Civil Veterinary Department. Madras. Admin. report 1926-33 - 1926-1933
Year: 1926
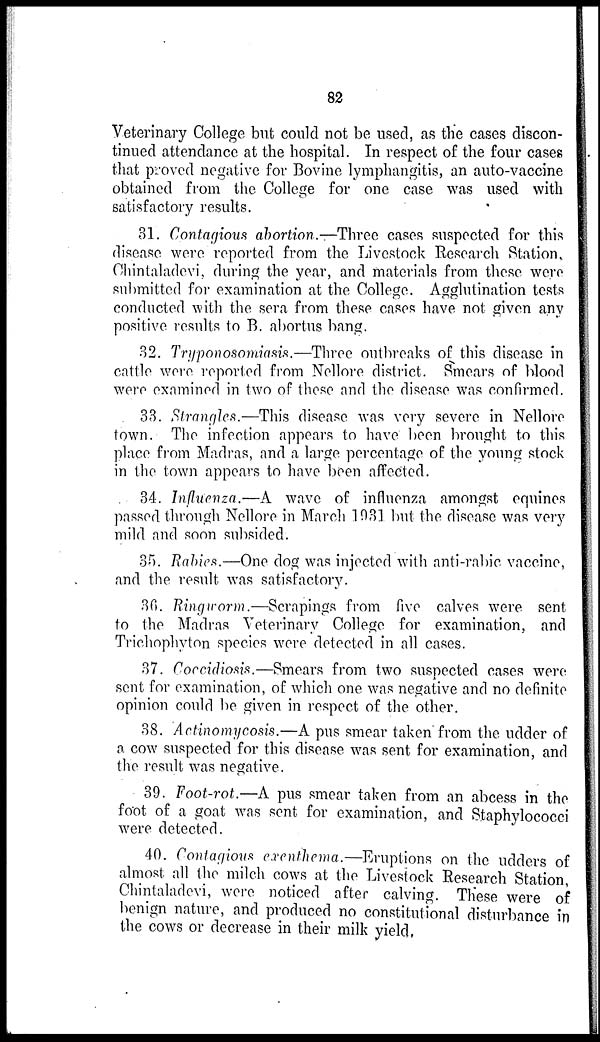
82
Veterinary College but could not be used, as the cases discon-
tinued attendance at the hospital. In respect of the four cases
that proved negative for Bovine lymphangitis, an auto-vaccine
obtained from the College for one case was used with
satisfactory results.
31. Contagious abortion.—Three cases suspected for this
disease were reported from the Livestock Research Station,
Chintaladevi, during the year, and materials from these were
submitted for examination at the College. Agglutination tests
conducted with the sera from these cases have not given any
positive results to B. abortus hang.
32. Trypanosomiasis.—Three outbreaks of this disease in
cattle were reported from Nellore district. Smears of blood
were examined in two of these and the disease was confirmed.
33. Strangles.—This disease was very severe in Nellore
town. The infection appears to have been brought to this
place from Madras, and a large percentage of the young stock
in the town appears to have been affected.
34. Influenza.—A wave of influenza amongst equines
passed through Nellore in March 1931 but the disease was very
mild and soon subsided.
35. Rabies.—One dog was injected with anti-rabic vaccine,
and the result was satisfactory.
36. Ringworm.—Scrapings from five calves were sent
to the Madras Veterinary College for examination, and
Trichophyton species were detected in all cases.
37. Coccidiosis.—Smears from two suspected cases were
sent for examination, of which one was negative and no definite
opinion could be given in respect of the other.
38. Actinomycosis.—A pus smear taken from the udder of
a cow suspected for this disease was sent for examination, and
the result was negative.
39. Foot-rot.—A pus smear taken from an abcess in the
foot of a goat was sent for examination, and Staphylococci
were detected.
40. Contagious exenthema.—Eruptions on the udders of
almost all the milch cows at the Livestock Research Station,
Chintaladevi, were noticed after calving. These were of
benign nature, and produced no constitutional disturbance in
the cows or decrease in their milk yield.